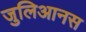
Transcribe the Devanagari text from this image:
जुलिआनस